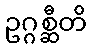
ဥဂ္ဂစ္ဆီတိ